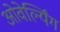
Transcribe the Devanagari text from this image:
ओवेर्ल्यिंग